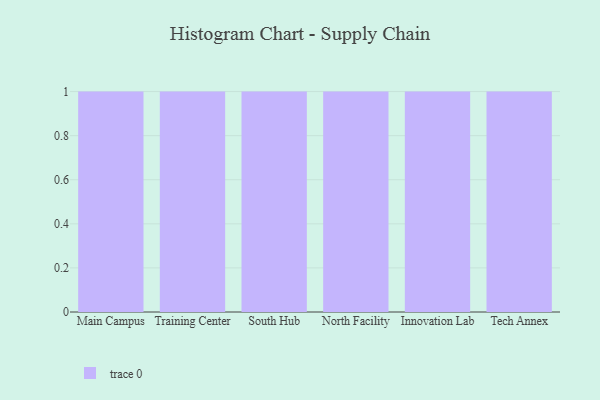
{"axis": {"x": "Campus", "y": "Operating Costs (USD K)"}, "legend": [""], "data": [{"x": "Main Campus", "y": 99, "type": ""}, {"x": "Training Center", "y": 41, "type": ""}, {"x": "South Hub", "y": 46, "type": ""}, {"x": "North Facility", "y": 13, "type": ""}, {"x": "Innovation Lab", "y": 8, "type": ""}, {"x": "Tech Annex", "y": 58, "type": ""}]}